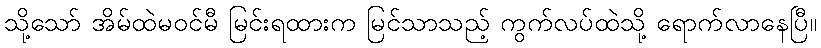
သို့သော် အိမ်ထဲမဝင်မီ မြင်းရထားက မြင်သာသည့် ကွက်လပ်ထဲသို့ ရောက်လာနေပြီ။